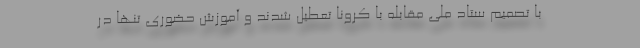
با تصمیم ستاد ملی مقابله با کرونا تعطیل شدند و آموزش حضوری تنها در